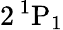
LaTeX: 2\, {}^{1}\mathrm{P}_{1}